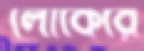
লোকেরে